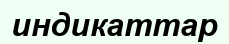
индикаттар